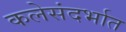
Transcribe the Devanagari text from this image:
कलेसंदर्भात